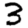
Digit: 3